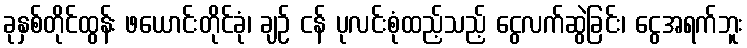
ခုနှစ်တိုင်ထွန်း ဖယောင်းတိုင်ခုံ၊ ချဉ် ငန် ပုလင်းစုံထည့်သည့် ငွေလက်ဆွဲခြင်း၊ ငွေအရက်ဘူး